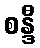
စန္ဒီ